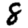
Digit: 8